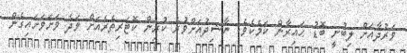
ވަރުދާއަށް ލިބުނީ ބޮޑު ޙައިރާން ކަމެކެވެ. ނާޝިދުއަށްވުރެ ކުރިން ކޮޓަރިތެރެއަށް ވަދެ ވަށަވަށައިގެން